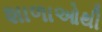
શાળાઓથી